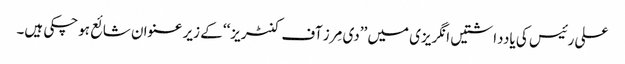
علی رئیس کی یادداشتیں انگریزی میں ’’دی مِرز آف کنٹریز‘‘ کے زیر عنوان شائع ہوچکی ہیں۔